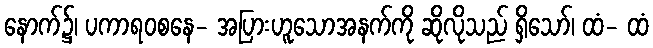
နောက်၌၊ ပကာရဝစနေ- အပြားဟူသောအနက်ကို ဆိုလိုသည် ရှိသော်၊ ထံ- ထံ